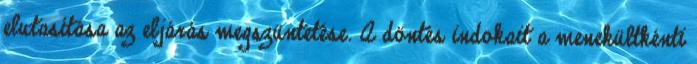
elutasítása az eljárás megszüntetése. A döntés indokait a menekültkénti